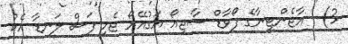
3)  އާޖެންޓީނާގެ ފޯވާޑް ސާޖިއޯ އަގުއޭރޯ ޖެހި ފަސް ލަނޑާ އެކު